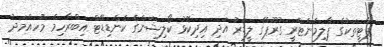
ޕާޓީތަކުގެ ޕާލިމެންޓްރީ ގުރޫޕްގެ ލީޑަރު އަދި އިދިކޮޅު ކޯލިޝަންގެ ކެންޑިޑޭޓް އިބްރާހިމް މުހައްމަދު